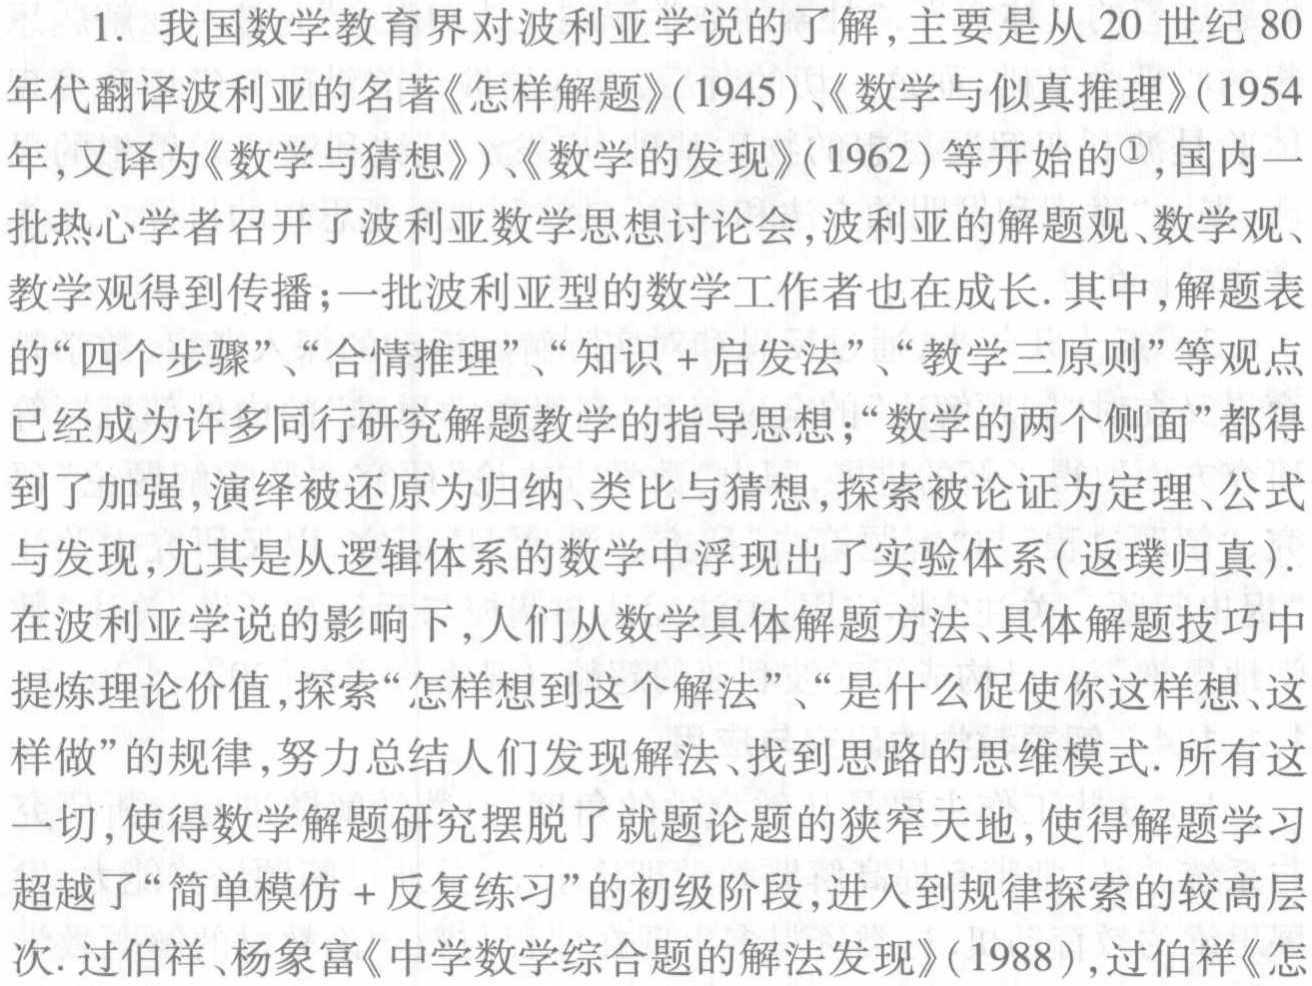
1. 我国数学教育界对波利亚学说的了解,主要是从20世纪80年代翻译波利亚的名著《怎样解题》(1945)、《数学与似真推理》(1954年,又译为《数学与猜想》)、《数学的发现》(1962)等开始的\textsuperscript{1},国内一批热心学者召开了波利亚数学思想讨论会,波利亚的解题观、数学观、教学观得到传播;一批波利亚型的数学工作者也在成长. 其中,解题表的“四个步骤”、“合情推理”、“知识 + 启发法”、“教学三原则”等观点已经成为许多同行研究解题教学的指导思想;“数学的两个侧面”都得到了加强,演绎被还原为归纳、类比与猜想,探索被论证为定理、公式与发现,尤其是从逻辑体系的数学中浮现出了实验体系(返璞归真).在波利亚学说的影响下,人们从数学具体解题方法、具体解题技巧中提炼理论价值,探索“怎样想到这个解法”、“是什么促使你这样想、这样做”的规律,努力总结人们发现解法、找到思路的思维模式. 所有这一切,使得数学解题研究摆脱了就题论题的狭窄天地,使得解题学习超越了“简单模仿 + 反复练习”的初级阶段,进人到规律探索的较高层次. 过伯祥、杨象富《中学数学综合题的解法发现》(1988),过伯祥《怎